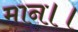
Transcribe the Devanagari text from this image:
मान।।